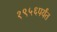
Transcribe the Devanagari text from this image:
१९५६पर्यंत